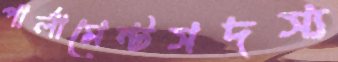
পার্লামেন্টসদস্য